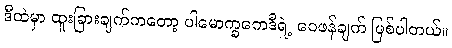
ဒီထဲမှာ ထူးခြားချက်ကတော့ ပါမောက္ခကေဒီရဲ့ ဝေဖန်ချက် ဖြစ်ပါတယ်။